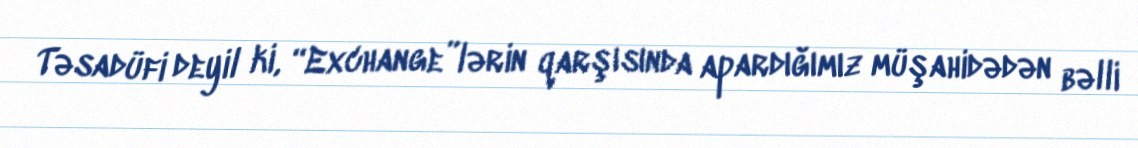
Təsadüfi deyil ki, “Exchange”lərin qarşısında apardığımız müşahidədən bəlli